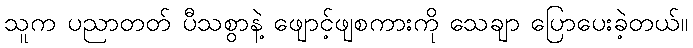
သူက ပညာတတ် ပီသစွာနဲ့ ဖျောင့်ဖျစကားကို သေချာ ပြောပေးခဲ့တယ်။